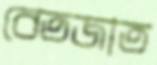
বেতজাত